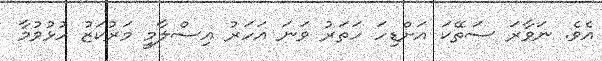
އެވެ. ނަވާރަ ސަތޭކަ އަށްޑިހަ ހަތަރު ވަނަ އަހަރު އިސްލާމީ މަރުކަޒު ހުޅުވުމާ